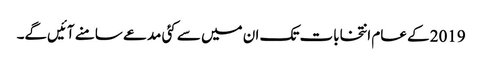
2019 کے عام انتخابات تک ان میں سے کئی مدعے سامنے آئیں‌گے۔